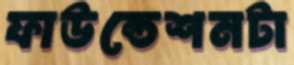
ফাউন্ডেশনটা